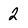
Character: 2